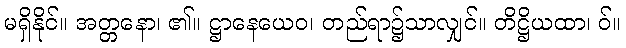
မရှိနိုင်။ အတ္တနော၊ ၏။ ဋ္ဌာနေယေဝ၊ တည်ရာ၌သာလျှင်။ တိဋ္ဌိယထာ၊ ဝ်။